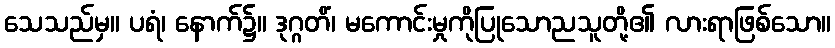
သေသည်မှ။ ပရံ၊ နောက်၌။ ဒုဂ္ဂတိံ၊ မကောင်းမှုကိုပြုသောညသူတို့၏ လားရာဖြစ်သော။